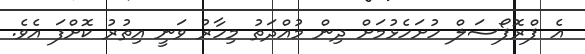
އެ ޕްރޮޕޯސަލް ހުށަހެޅުމަށް ދިން މުއްދަތު މިހާރު ވަނީ އިތުރު ކޮށްފަ އެވެ.